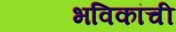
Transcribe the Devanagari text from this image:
भविकांची